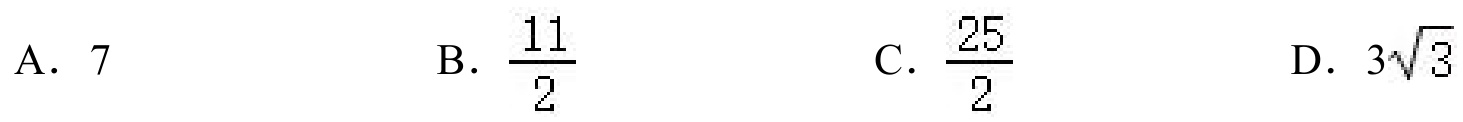
A. \(7\)
B. \(\frac{11}{2}\)
C. \(\frac{25}{2}\)
D. \(3\sqrt{3}\)